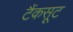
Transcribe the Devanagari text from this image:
टैंकसूट